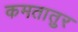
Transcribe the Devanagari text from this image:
कमतातुर